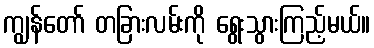
ကျွန်တော် တခြားလမ်းကို ရွေးသွားကြည့်မယ်။